Vabadussoja_Ajaloo_Komitee, lk 282
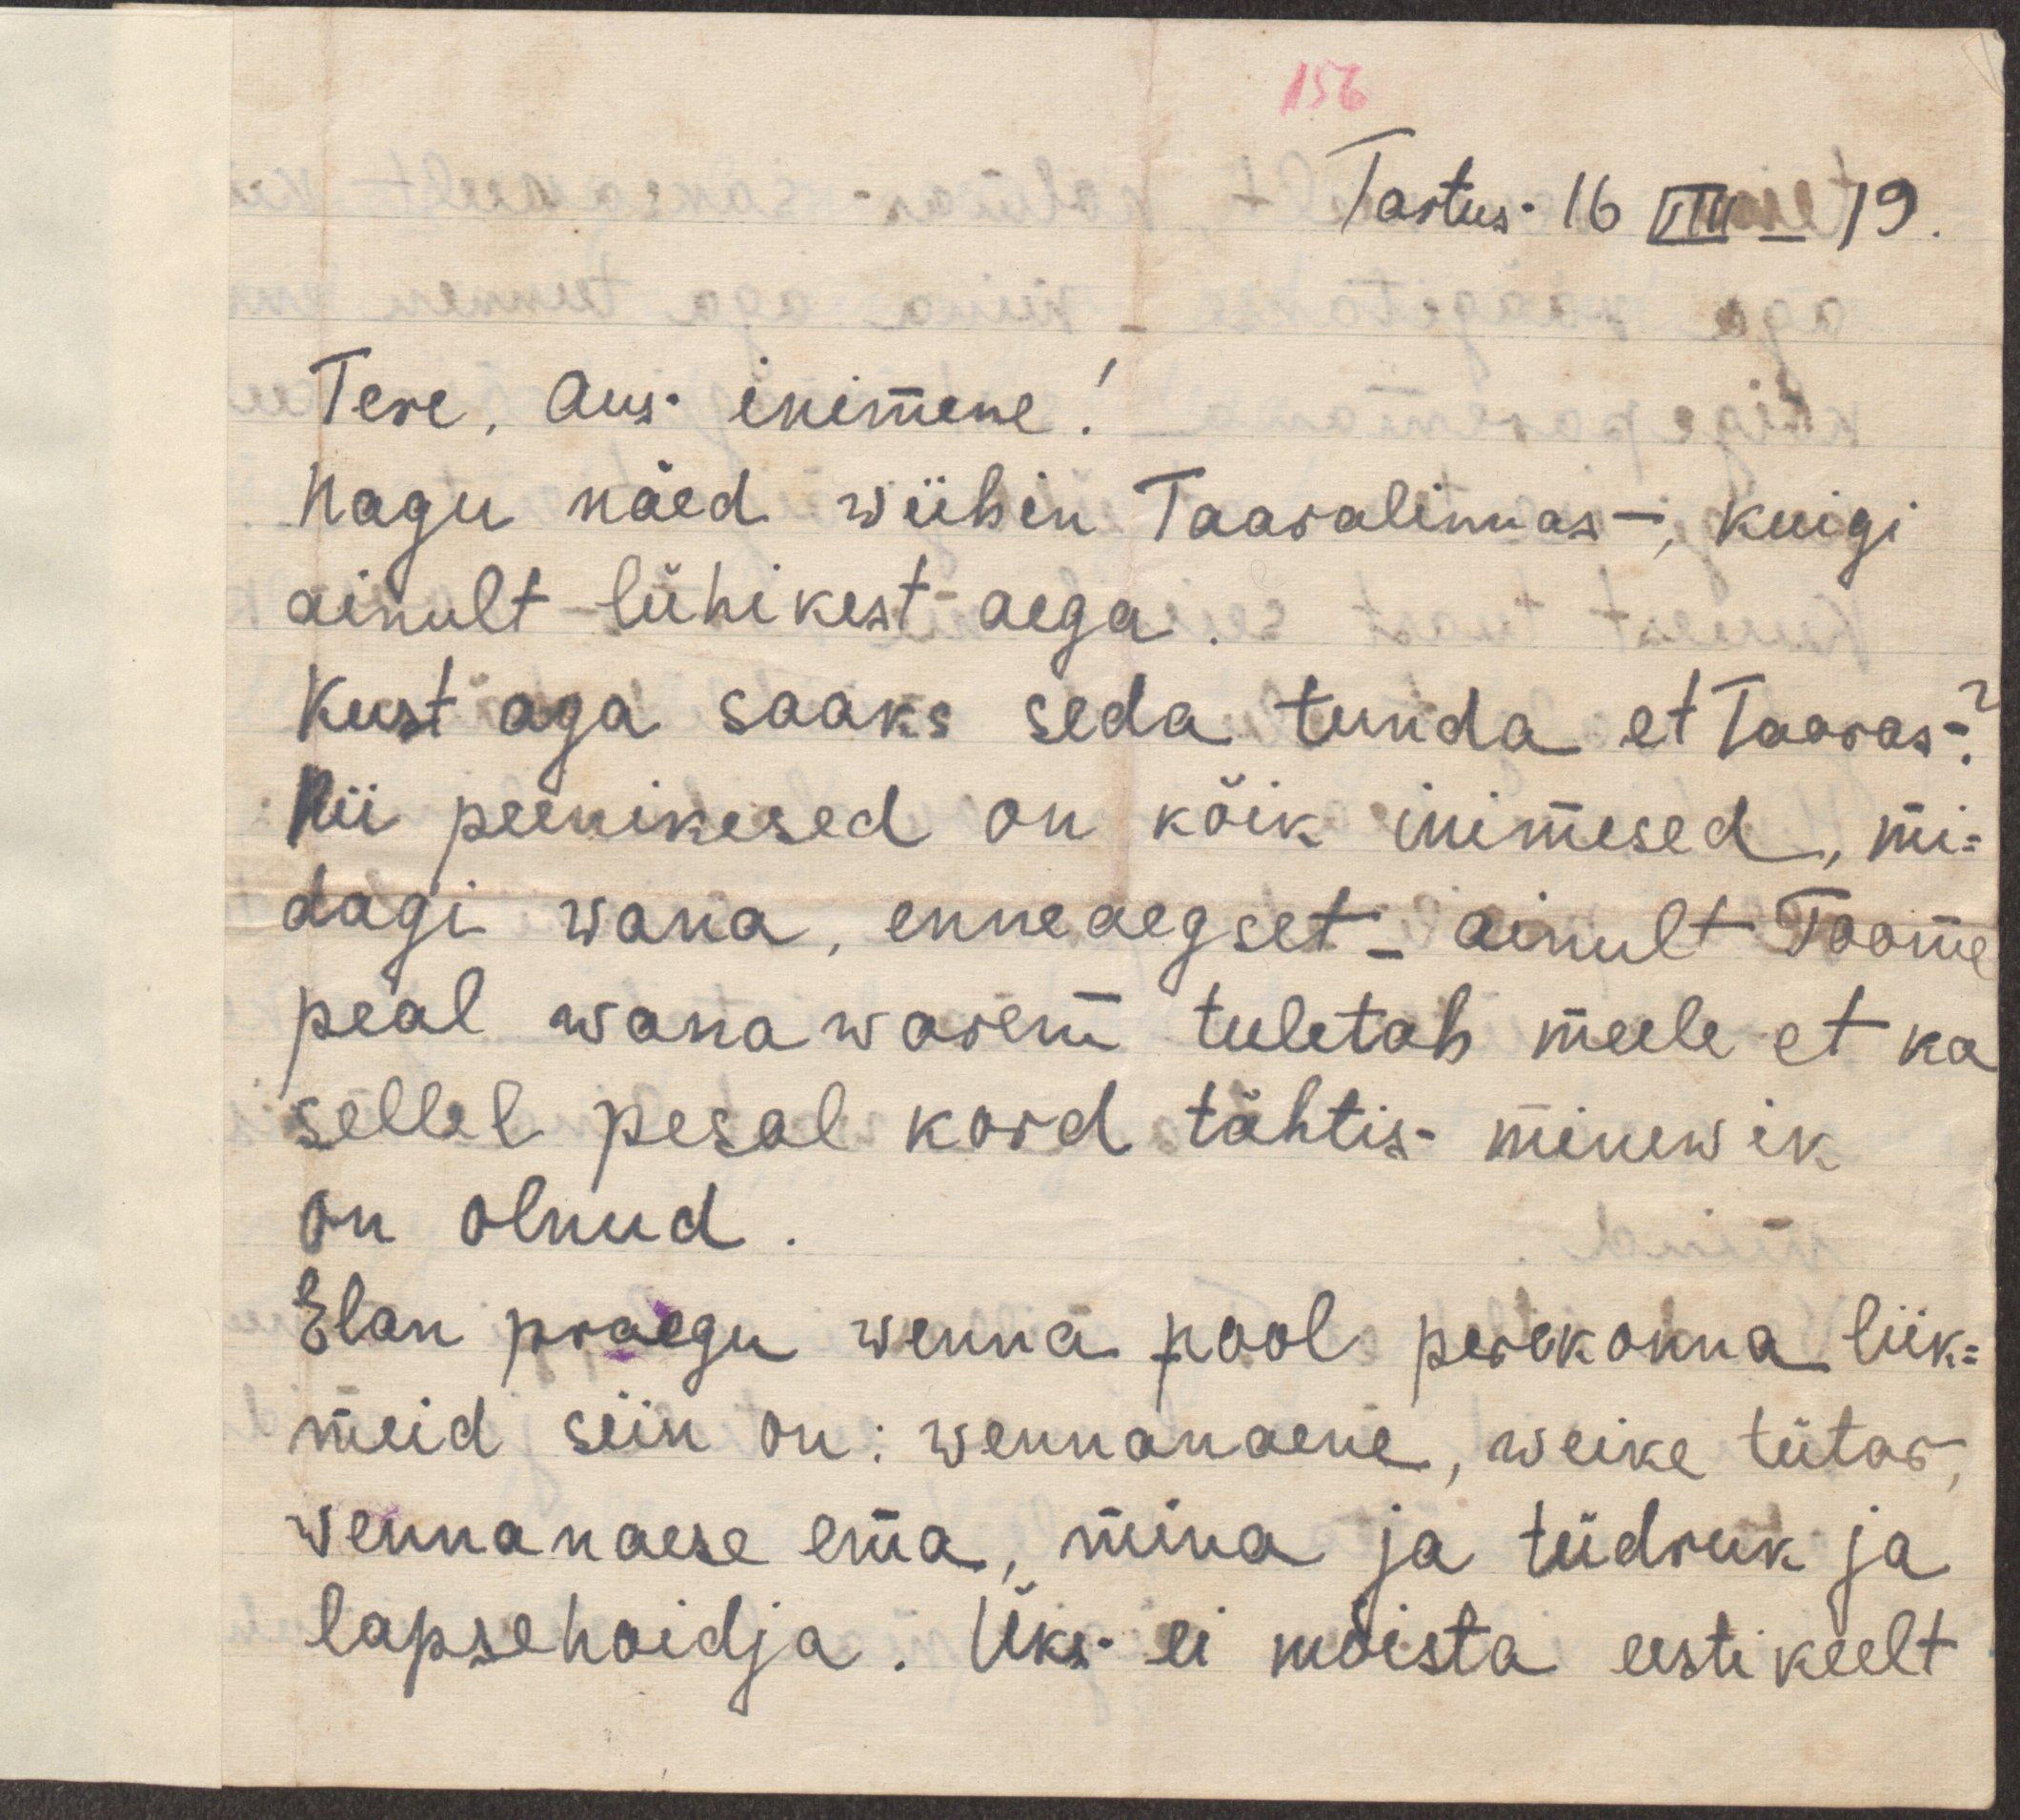
156
Tartus 16 VIII _ 19.
Tere, aus inimene!
Nagu näed wiibin Taaralinnas, kuigi
ainult lühikest aega.
Kust aga saaks seda tunda et Taaras?
Nii peenikesed on kõik inimesed, mi-
dagi wana, enneaegset - ainult Toome
peal wana warem tuletab meele et ka
sellel pesal kord tähtis minewik
on olnud.
Elan praegu wenna pool perekonna liik-
meid siin on: wennanaene, weike tütar,
vennanaese ema, mina ja tüdruk ja
lapsehoidja. Üks ei mõista eestikeelt